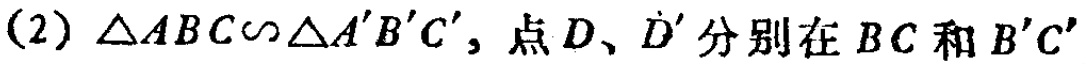
(2) $\triangle ABC\sim\triangle A'B'C'$, 点$D$、$D'$分别在$BC$和$B'C'$